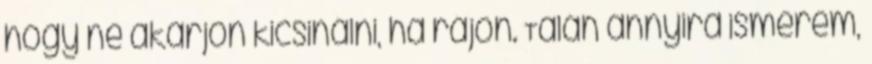
hogy ne akarjon kicsinálni, ha rájön. Talán annyira ismerem,